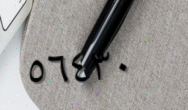
٥٦٤٣٠